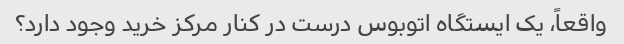
واقعاً، یک ایستگاه اتوبوس درست در کنار مرکز خرید وجود دارد؟